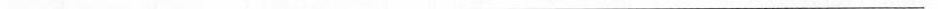
___